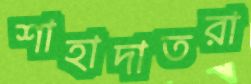
শাহাদাতরা